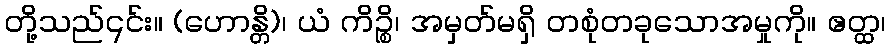
တို့သည်၎င်း။ (ဟောန္တိ)၊ ယံ ကိဉ္စိ၊ အမှတ်မရှိ တစုံတခုသောအမှုကို။ ဧတ္ထ၊